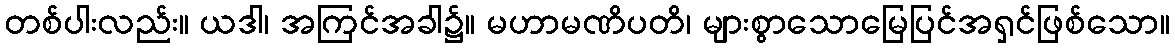
တစ်ပါးလည်း။ ယဒါ၊ အကြင်အခါ၌။ မဟာမဏိပတိ၊ များစွာသောမြေပြင်အရှင်ဖြစ်သော။